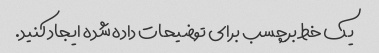
یک خط برچسب برای توضیحات داده شده ایجاد کنید.